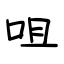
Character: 咀